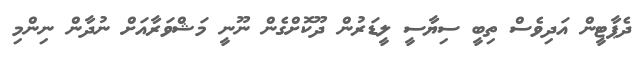
ދެޕާޓީން އަދިވެސް ތިބީ ސިޔާސީ ލީޑަރުން ދޫކޮށްގެން ނޫނީ މަޝްވަރާއަށް ނުދާން ނިންމި